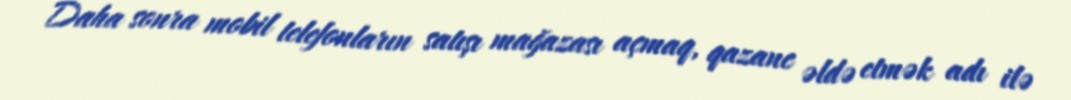
Daha sonra mobil telefonların satışı mağazası açmaq, qazanc əldə etmək adı ilə